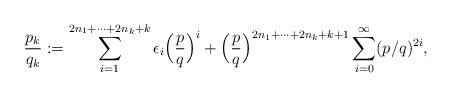
LaTeX: \begin{align*}\frac{p_k}{q_k}:=\sum_{i=1}^{2n_{1}+\cdots +2n_{k}+k}\epsilon_i\Big(\frac{p}{q}\Big)^{i}+\Big(\frac{p}{q}\Big)^{2n_{1}+\cdots +2n_{k}+k+1}\sum_{i=0}^{\infty}(p/q)^{2i},\end{align*}